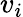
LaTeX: v_{i}